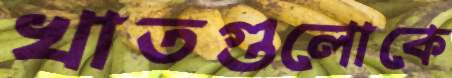
খাতগুলোকে